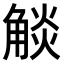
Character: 𧣹